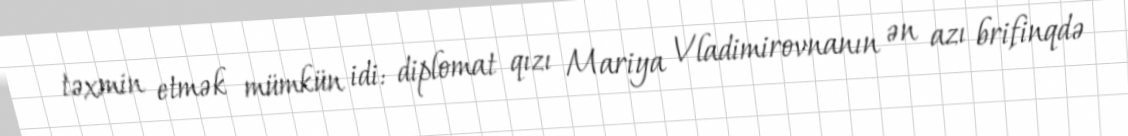
təxmin etmək mümkün idi: diplomat qızı Mariya Vladimirovnanın ən azı brifinqdə